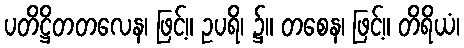
ပတိဋ္ဌိတတလေန၊ ဖြင့်။ ဥပရိ၊ ၌။ တစေန၊ ဖြင့်။ တိရိယံ၊